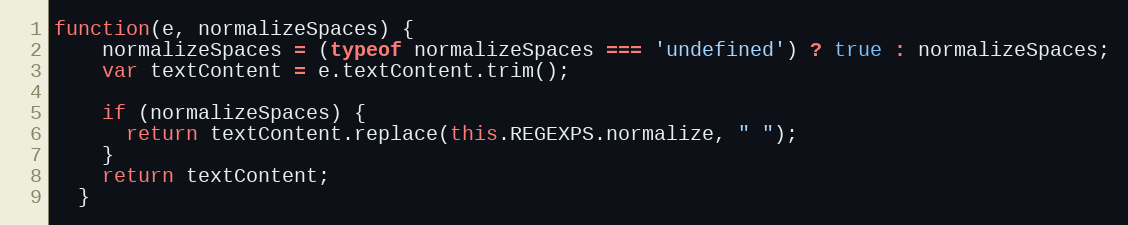
Language: JavaScript
function(e, normalizeSpaces) {
    normalizeSpaces = (typeof normalizeSpaces === 'undefined') ? true : normalizeSpaces;
    var textContent = e.textContent.trim();

    if (normalizeSpaces) {
      return textContent.replace(this.REGEXPS.normalize, " ");
    }
    return textContent;
  }